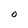
Character: O